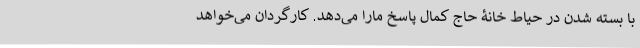
با بسته شدن درِ حیاط خانۀ حاج کمال پاسخ مارا می‌دهد. کارگردان می‌خواهد